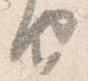
由